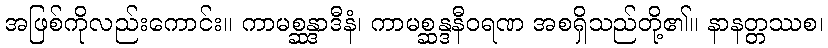
အဖြစ်ကိုလည်းကောင်း။ ကာမစ္ဆန္ဒာဒီနံ၊ ကာမစ္ဆန္ဒနီဝရဏ အစရှိသည်တို့၏။ နာနတ္တဿစ၊